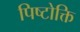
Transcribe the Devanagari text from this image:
पिष्टोक्ति